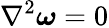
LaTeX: \nabla^{2}{\boldsymbol{\omega}}=0